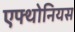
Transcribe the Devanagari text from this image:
एफ्थोनियस